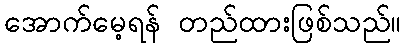
အောက်မေ့ရန် တည်ထားဖြစ်သည်။